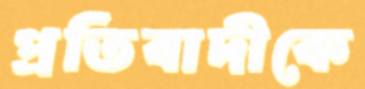
প্রতিবাদীকে